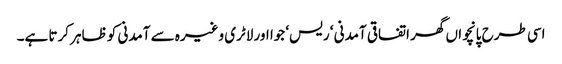
اسی طرح پانچواں گھر اتفاقی آمدنی ‘ ریس‘ جوا اور لاٹری وغیرہ سے آمدنی کو ظاہر کرتا ہے۔